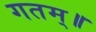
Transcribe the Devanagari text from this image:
गतम्॥